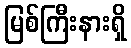
မြစ်ကြီးနားရှိ